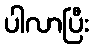
ပါလာပြီး